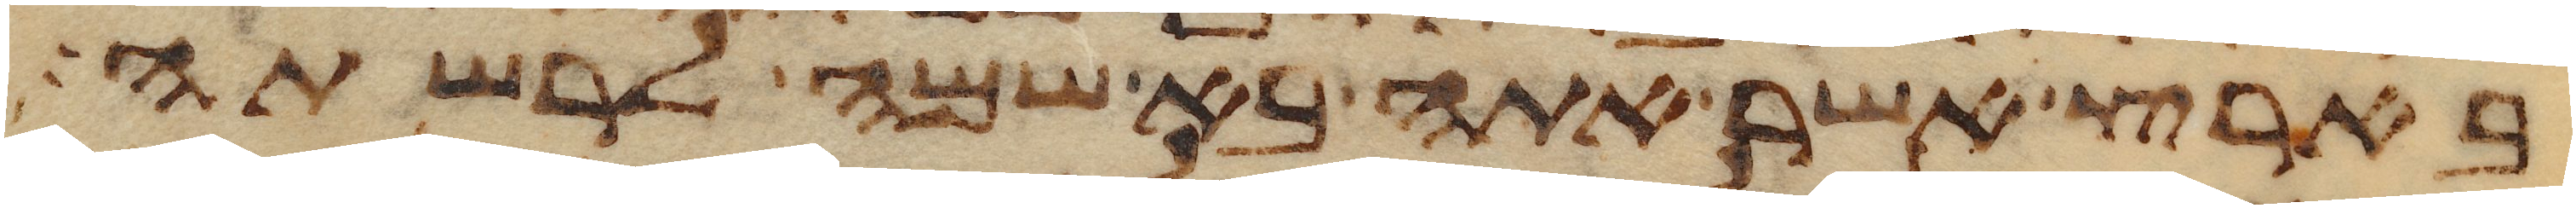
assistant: בארץ אשר אתה בא שמה לרשתה